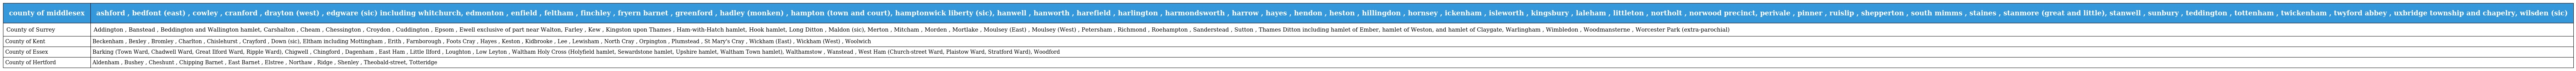
| county of middlesex | ashford , bedfont (east) , cowley , cranford , drayton (west) , edgware (sic) including whitchurch, edmonton , enfield , feltham , finchley , fryern barnet , greenford , hadley (monken) , hampton (town and court), hamptonwick liberty (sic), hanwell , hanworth , harefield , harlington , harmondsworth , harrow , hayes , hendon , heston , hillingdon , hornsey , ickenham , isleworth , kingsbury , laleham , littleton , northolt , norwood precinct, perivale , pinner , ruislip , shepperton , south mimms , staines , stanmore (great and little), stanwell , sunbury , teddington , tottenham , twickenham , twyford abbey , uxbridge township and chapelry, wilsden (sic) |
 | --- | --- |
 | County of Surrey | Addington , Banstead , Beddington and Wallington hamlet, Carshalton , Cheam , Chessington , Croydon , Cuddington , Epsom , Ewell exclusive of part near Walton, Farley , Kew , Kingston upon Thames , Ham-with-Hatch hamlet, Hook hamlet, Long Ditton , Maldon (sic), Merton , Mitcham , Morden , Mortlake , Moulsey (East) , Moulsey (West) , Petersham , Richmond , Roehampton , Sanderstead , Sutton , Thames Ditton including hamlet of Ember, hamlet of Weston, and hamlet of Claygate, Warlingham , Wimbledon , Woodmansterne , Worcester Park (extra-parochial) |
 | County of Kent | Beckenham , Bexley , Bromley , Charlton , Chislehurst , Crayford , Down (sic), Eltham including Mottingham , Erith , Farnborough , Foots Cray , Hayes , Keston , Kidbrooke , Lee , Lewisham , North Cray , Orpington , Plumstead , St Mary's Cray , Wickham (East) , Wickham (West) , Woolwich |
 | County of Essex | Barking (Town Ward, Chadwell Ward, Great Ilford Ward, Ripple Ward), Chigwell , Chingford , Dagenham , East Ham , Little Ilford , Loughton , Low Leyton , Waltham Holy Cross (Holyfield hamlet, Sewardstone hamlet, Upshire hamlet, Waltham Town hamlet), Walthamstow , Wanstead , West Ham (Church-street Ward, Plaistow Ward, Stratford Ward), Woodford |
 | County of Hertford | Aldenham , Bushey , Cheshunt , Chipping Barnet , East Barnet , Elstree , Northaw , Ridge , Shenley , Theobald-street, Totteridge |